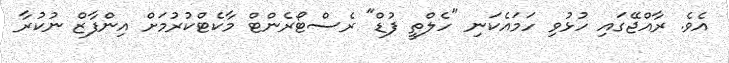
އެވެ. ރާއްޖޭގައި ހުޅުވި ހަމައެކަނި "ހެލްތީ ފުޑް" ރެސްޓޯރެންޓް މާކެޓްކުރުމަށް އިންފާޒް ނުކުރާ